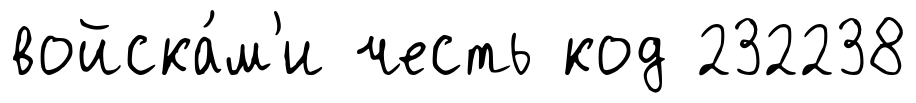
войска́м'и честь код 232238